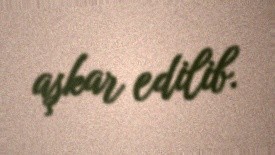
aşkar edilib.